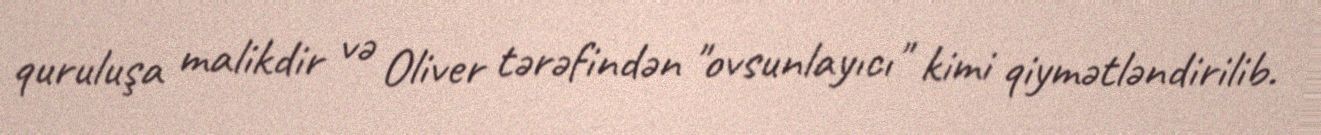
quruluşa malikdir və Oliver tərəfindən "ovsunlayıcı" kimi qiymətləndirilib.